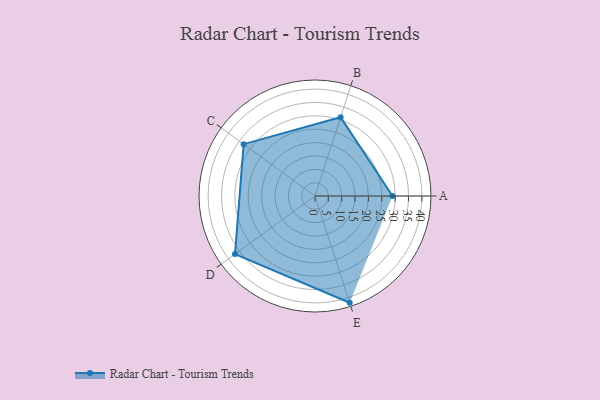
{"axis": {"x": "Skill", "y": "Score"}, "legend": ["Profile"], "data": [{"x": "A", "y": 29.0, "type": "Profile"}, {"x": "B", "y": 31.0, "type": "Profile"}, {"x": "C", "y": 33.0, "type": "Profile"}, {"x": "D", "y": 37.0, "type": "Profile"}, {"x": "E", "y": 42.0, "type": "Profile"}]}